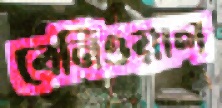
বেনিওয়াল